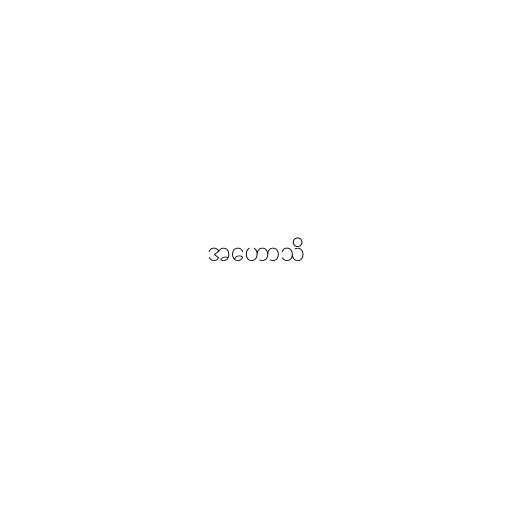
အဟောသိ